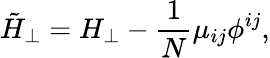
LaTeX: \tilde{H}_{\perp}=H_{\perp}-\frac{1}{N}\mu_{ij}\phi^{ij},